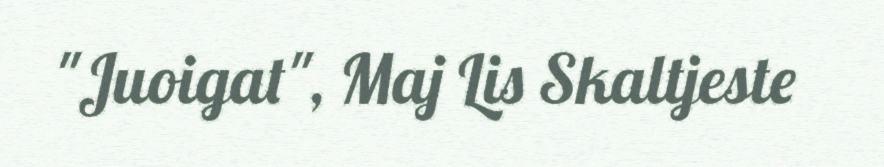
"Juoigat", Maj Lis Skaltjeste